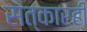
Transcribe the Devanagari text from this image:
सत्कारही